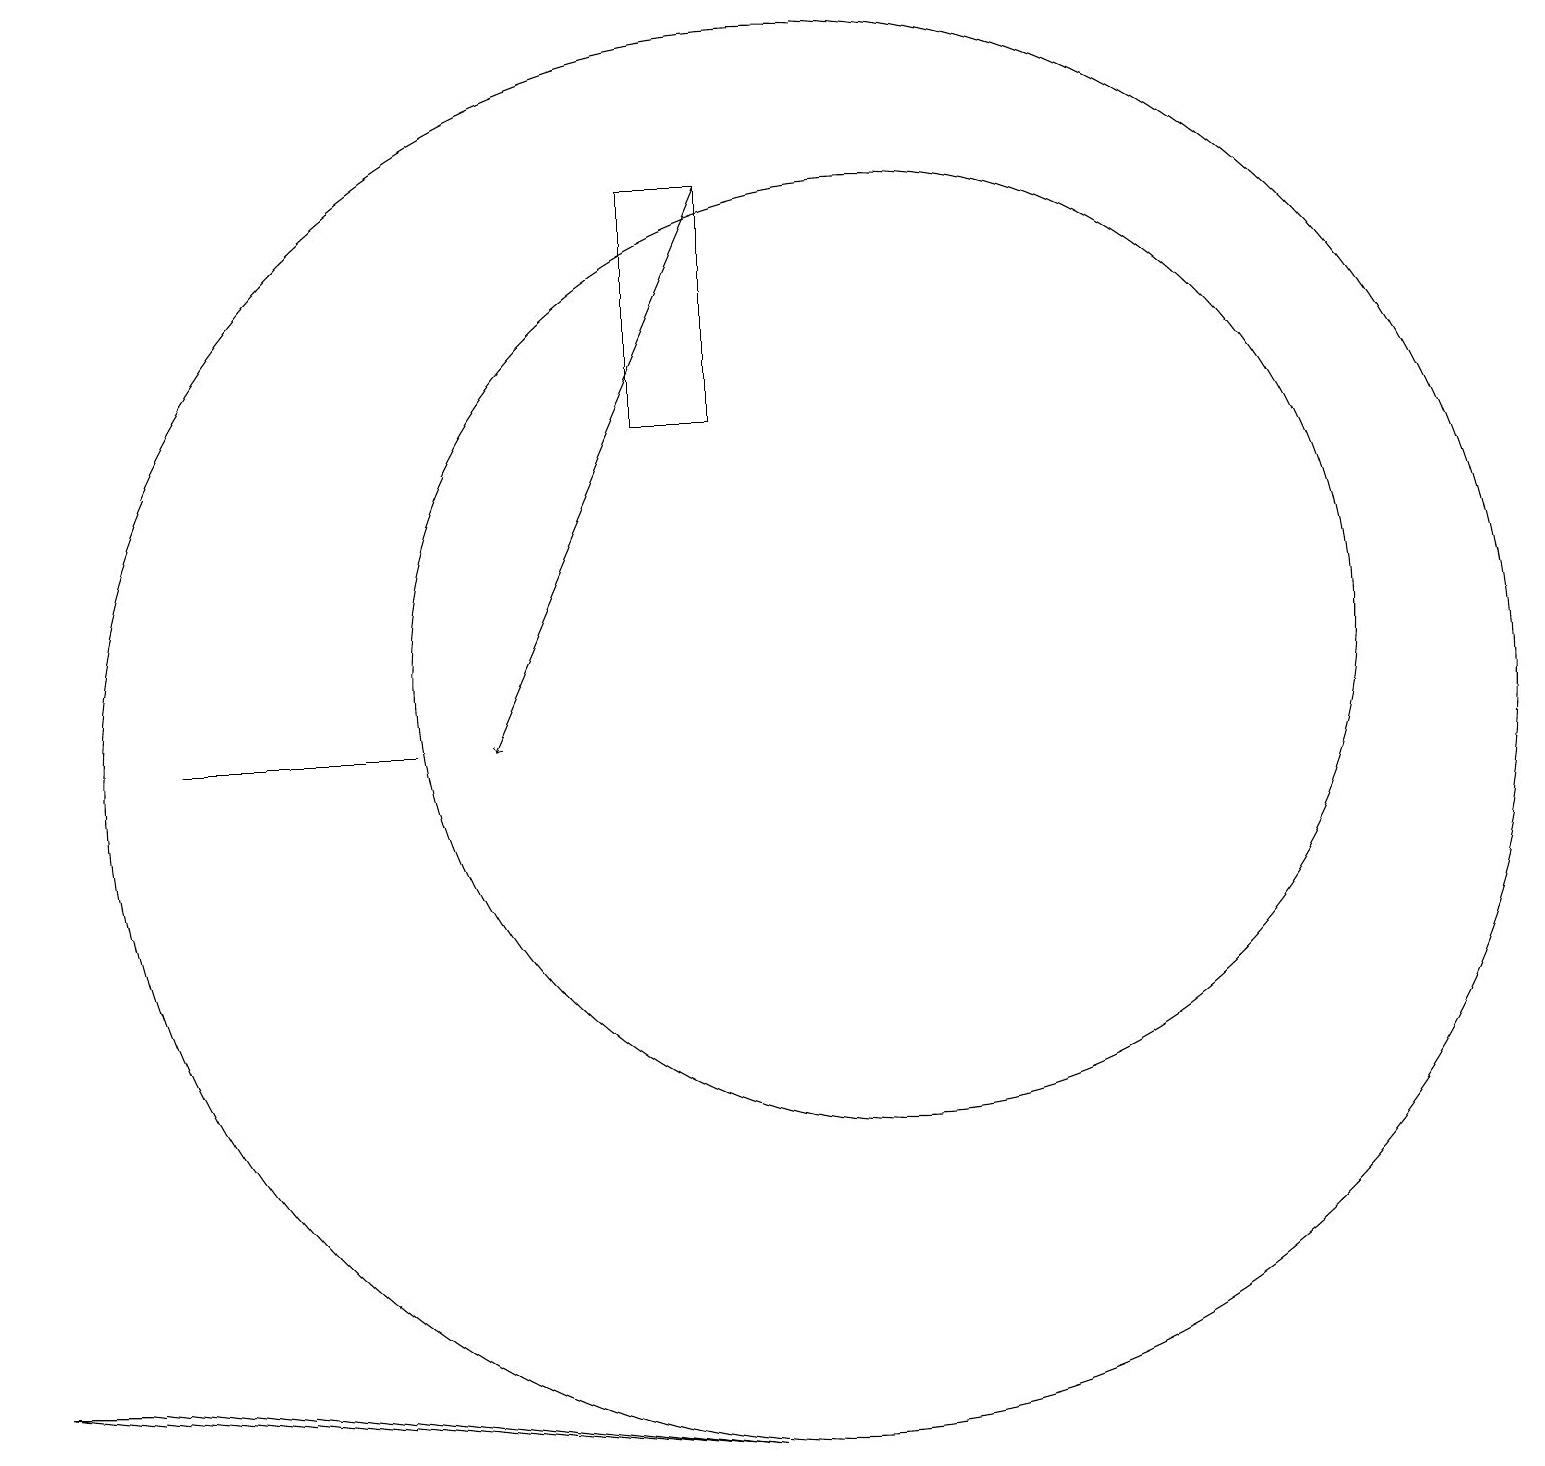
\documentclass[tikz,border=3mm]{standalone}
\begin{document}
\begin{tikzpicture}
\draw[->] (9,17) -- (6,10);
\draw (2,10) rectangle (5,10);
\draw (10,10) circle (9);
\draw (8,14) rectangle (9,17);
\draw (11,11) circle (6);
\draw (1,2) -- (0,2) -- (9,1) -- cycle;
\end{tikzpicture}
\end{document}